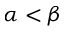
\alpha < \beta